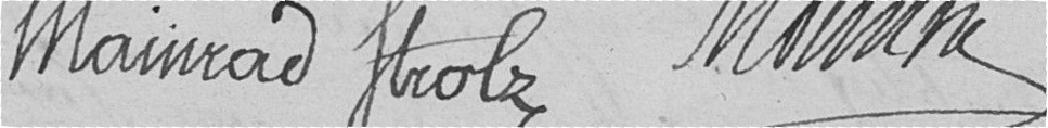
Strolz